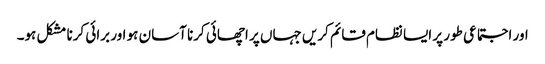
اور اجتماعی طور پر ایسا نظام قائم کریں جہاں پر اچھائی کرنا آسان ہو اور برائی کرنا مشکل ہو۔